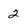
Character: 2